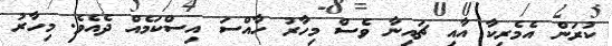
ކުރަން އެމެރިކާ އާއި ޗައިނާ ވެސް މިހާރު ހާއްސަ އިސްކަމެއް ދެއެވެ. މިހާރު